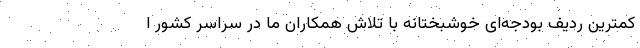
کمترین ردیف بودجه‌ای خوشبختانه با تلاش همکاران ما در سراسر کشور ا